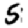
Digit: 5